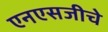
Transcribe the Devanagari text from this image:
एनएसजीचे